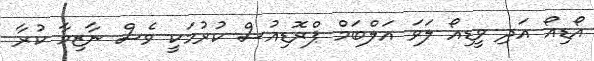
އޯޑިއޯ އަދި ވީޑިއޯ ލަވަ އަލްބަމް ޕްރޮޑިއުސް ކުރުމަކީ ވެސް ނާޒިމާ ކުރާ